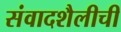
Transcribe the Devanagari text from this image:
संवादशैलीची